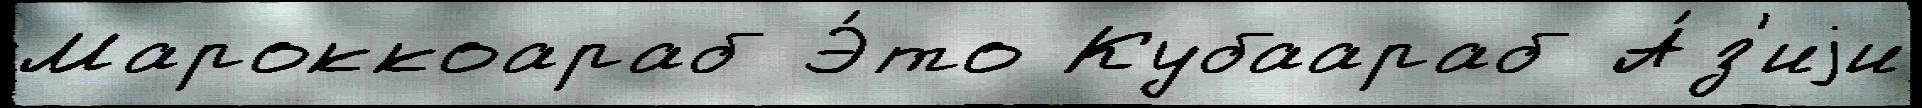
Мароккоараб Э́то Кубаараб А́з'иjи